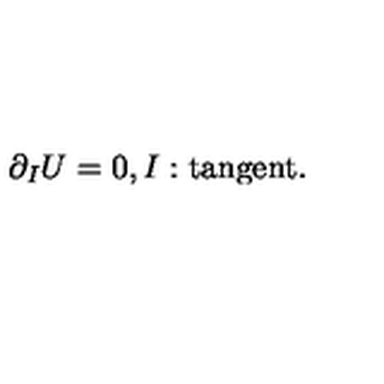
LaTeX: \partial _ { I } U = 0 , I : \mathrm { t a n g e n t } .